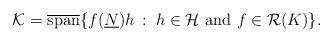
LaTeX: \begin{align*}\mathcal K=\overline{\textup{span}}\{ f(\underline N) h\,:\;h\in\mathcal H \textup{ and } f\in \mathcal R(K) \}.\end{align*}